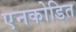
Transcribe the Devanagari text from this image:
एनकोडित